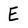
Character: E